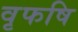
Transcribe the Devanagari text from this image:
वृफषि